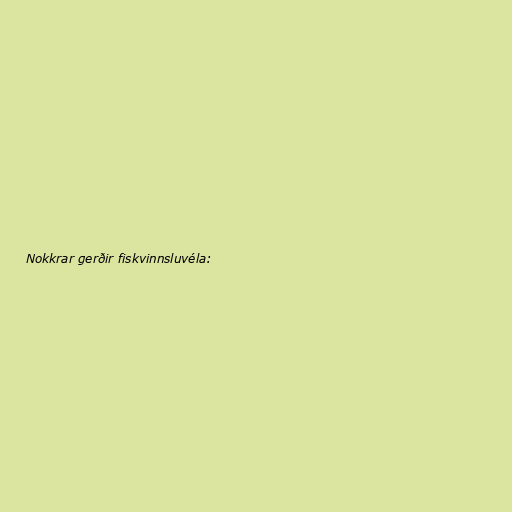
Nokkrar gerðir fiskvinnsluvéla: